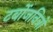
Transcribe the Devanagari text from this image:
टर्बोजनित्रों